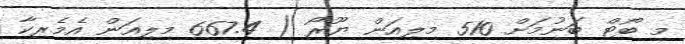
މި ބޯޓް ބަނުމަށް 510 މިލިއަން ޔޫރޯ ( 667.4 މިލިއަން އެމެރިކާ